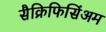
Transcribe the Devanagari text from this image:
सैक्रिफिसिंअम